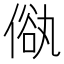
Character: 𠌢